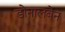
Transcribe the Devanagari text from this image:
डोनालबेन